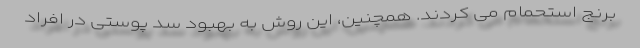
برنج استحمام می کردند. همچنین، این روش به بهبود سد پوستی در افراد